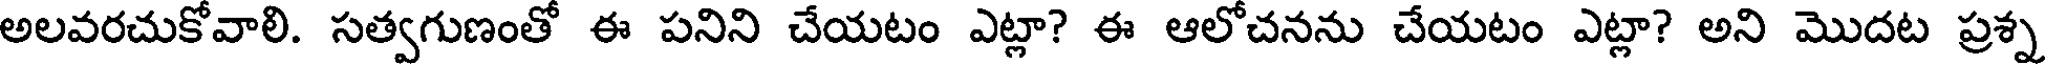
అలవరచుకోవాలి. సత్వగుణంతో ఈ పనిని చేయటం ఎట్లా? ఈ ఆలోచనను చేయటం ఎట్లా? అని మొదట ప్రశ్న